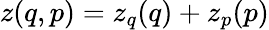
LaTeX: z(q,p)=z_{q}(q)+z_{p}(p)